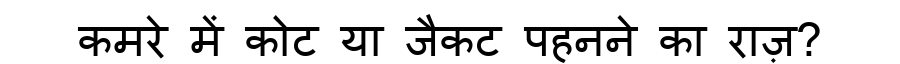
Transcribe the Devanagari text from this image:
कमरे में कोट या जैकट पहनने का राज़?